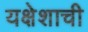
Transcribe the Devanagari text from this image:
यक्षेशाची